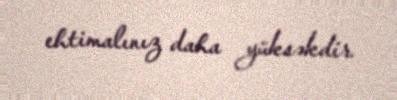
ehtimalınız daha yüksəkdir.